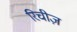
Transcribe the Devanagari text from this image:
रिचीज़